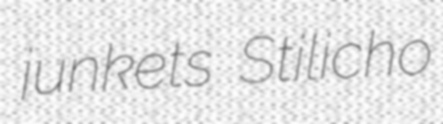
junkets Stilicho